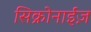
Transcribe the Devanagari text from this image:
सिक्रोनाईज़